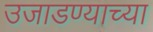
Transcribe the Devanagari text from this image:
उजाडण्याच्या